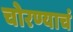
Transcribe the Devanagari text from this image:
चोरण्याचं